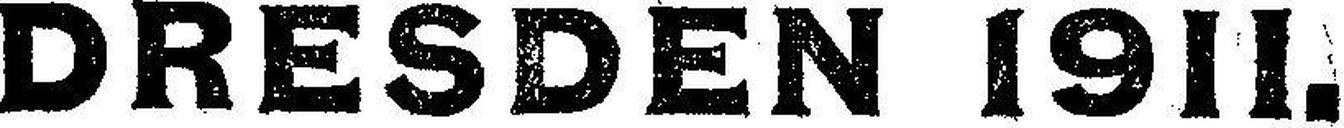
DRESDEN 1911.